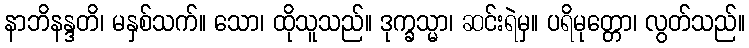
နာဘိနန္ဒတိ၊ မနှစ်သက်။ သော၊ ထိုသူသည်။ ဒုက္ခသ္မာ၊ ဆင်းရဲမှ။ ပရိမုတ္တော၊ လွတ်သည်။